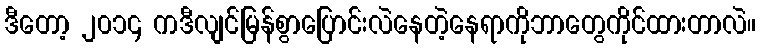
ဒီတော့ ၂၀၁၄ ကဒီလျင်မြန်စွာပြောင်းလဲနေတဲ့နေရာကိုဘာတွေကိုင်ထားတာလဲ။